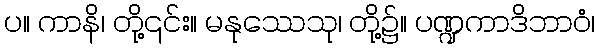
ပ။ ကာနိ၊ တို့၎င်း။ မနုဿေသု၊ တို့၌။ ပဏ္ဍကာဒိဘာဝံ၊